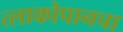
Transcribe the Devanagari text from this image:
त्लाकोपानचा